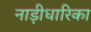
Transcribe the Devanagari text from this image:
नाड़ीधारिका